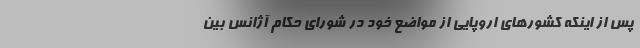
پس از اینکه کشورهای اروپایی از مواضع خود در شورای حکام آژانس بین‌